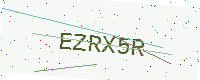
Text: EZRX5R